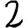
Digit: 2